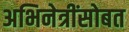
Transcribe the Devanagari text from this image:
अभिनेत्रींसोबत